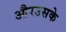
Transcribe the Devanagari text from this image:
औरउसके